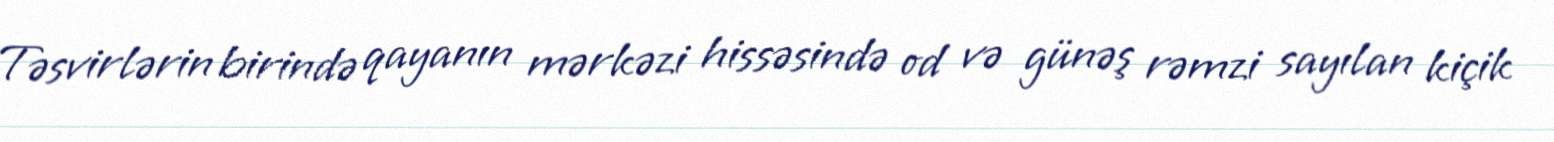
Təsvirlərin birində qayanın mərkəzi hissəsində od və günəş rəmzi sayılan kiçik